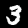
Label: 3